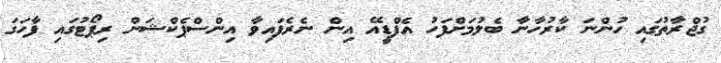
ގުޖްރާތުގައި ހުންނަ ކާރުހާނާ ބެލުމަށްފަހު އެފްޑީއޭ އިން ނެރެފައިވާ އިންސްޕެކްޝަން ރިޕޯޓުގައި ފާހަގަ